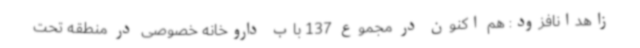
زاهدانافزود: هم اکنون در مجموع 137 باب داروخانه خصوصی در منطقه تحت